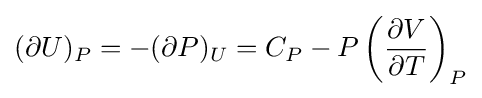
(\partial U)_{P}=-(\partial P)_{U}=C_{P}-P\left({\frac {\partial V}{\partial T}}\right)_{P}